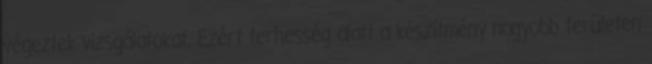
végeztek vizsgálatokat. Ezért terhesség alatt a készítmény nagyobb területen